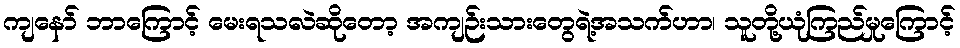
ကျနော် ဘာကြောင့် မေးရသလဲဆိုတော့ အကျဉ်းသားတွေရဲ့အသက်ဟာ၊ သူတို့ယုံကြည်မှုကြောင့်